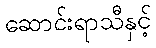
ဆောင်းရာသီနှင့်